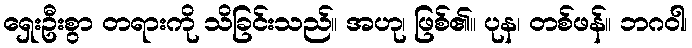
ရှေးဦးစွာ တရားကို သိခြင်းသည်။ အဟု၊ ဖြစ်၏။ ပုန၊ တစ်ဖန်။ ဘဂဝါ၊